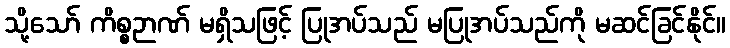
သို့သော် ကိစ္စဉာဏ် မရှိသဖြင့် ပြုအပ်သည် မပြုအပ်သည်ကို မဆင်ခြင်နိုင်။